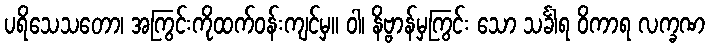
ပရိသေသတော၊ အကြွင်းကိုထက်ဝန်းကျင်မှ။ ဝါ၊ နိဗ္ဗာန်မှကြွင်း သော သင်္ခါရ ဝိကာရ လက္ခဏ